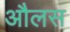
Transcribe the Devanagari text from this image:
औलस